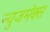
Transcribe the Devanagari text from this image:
न्युजमॅक्स